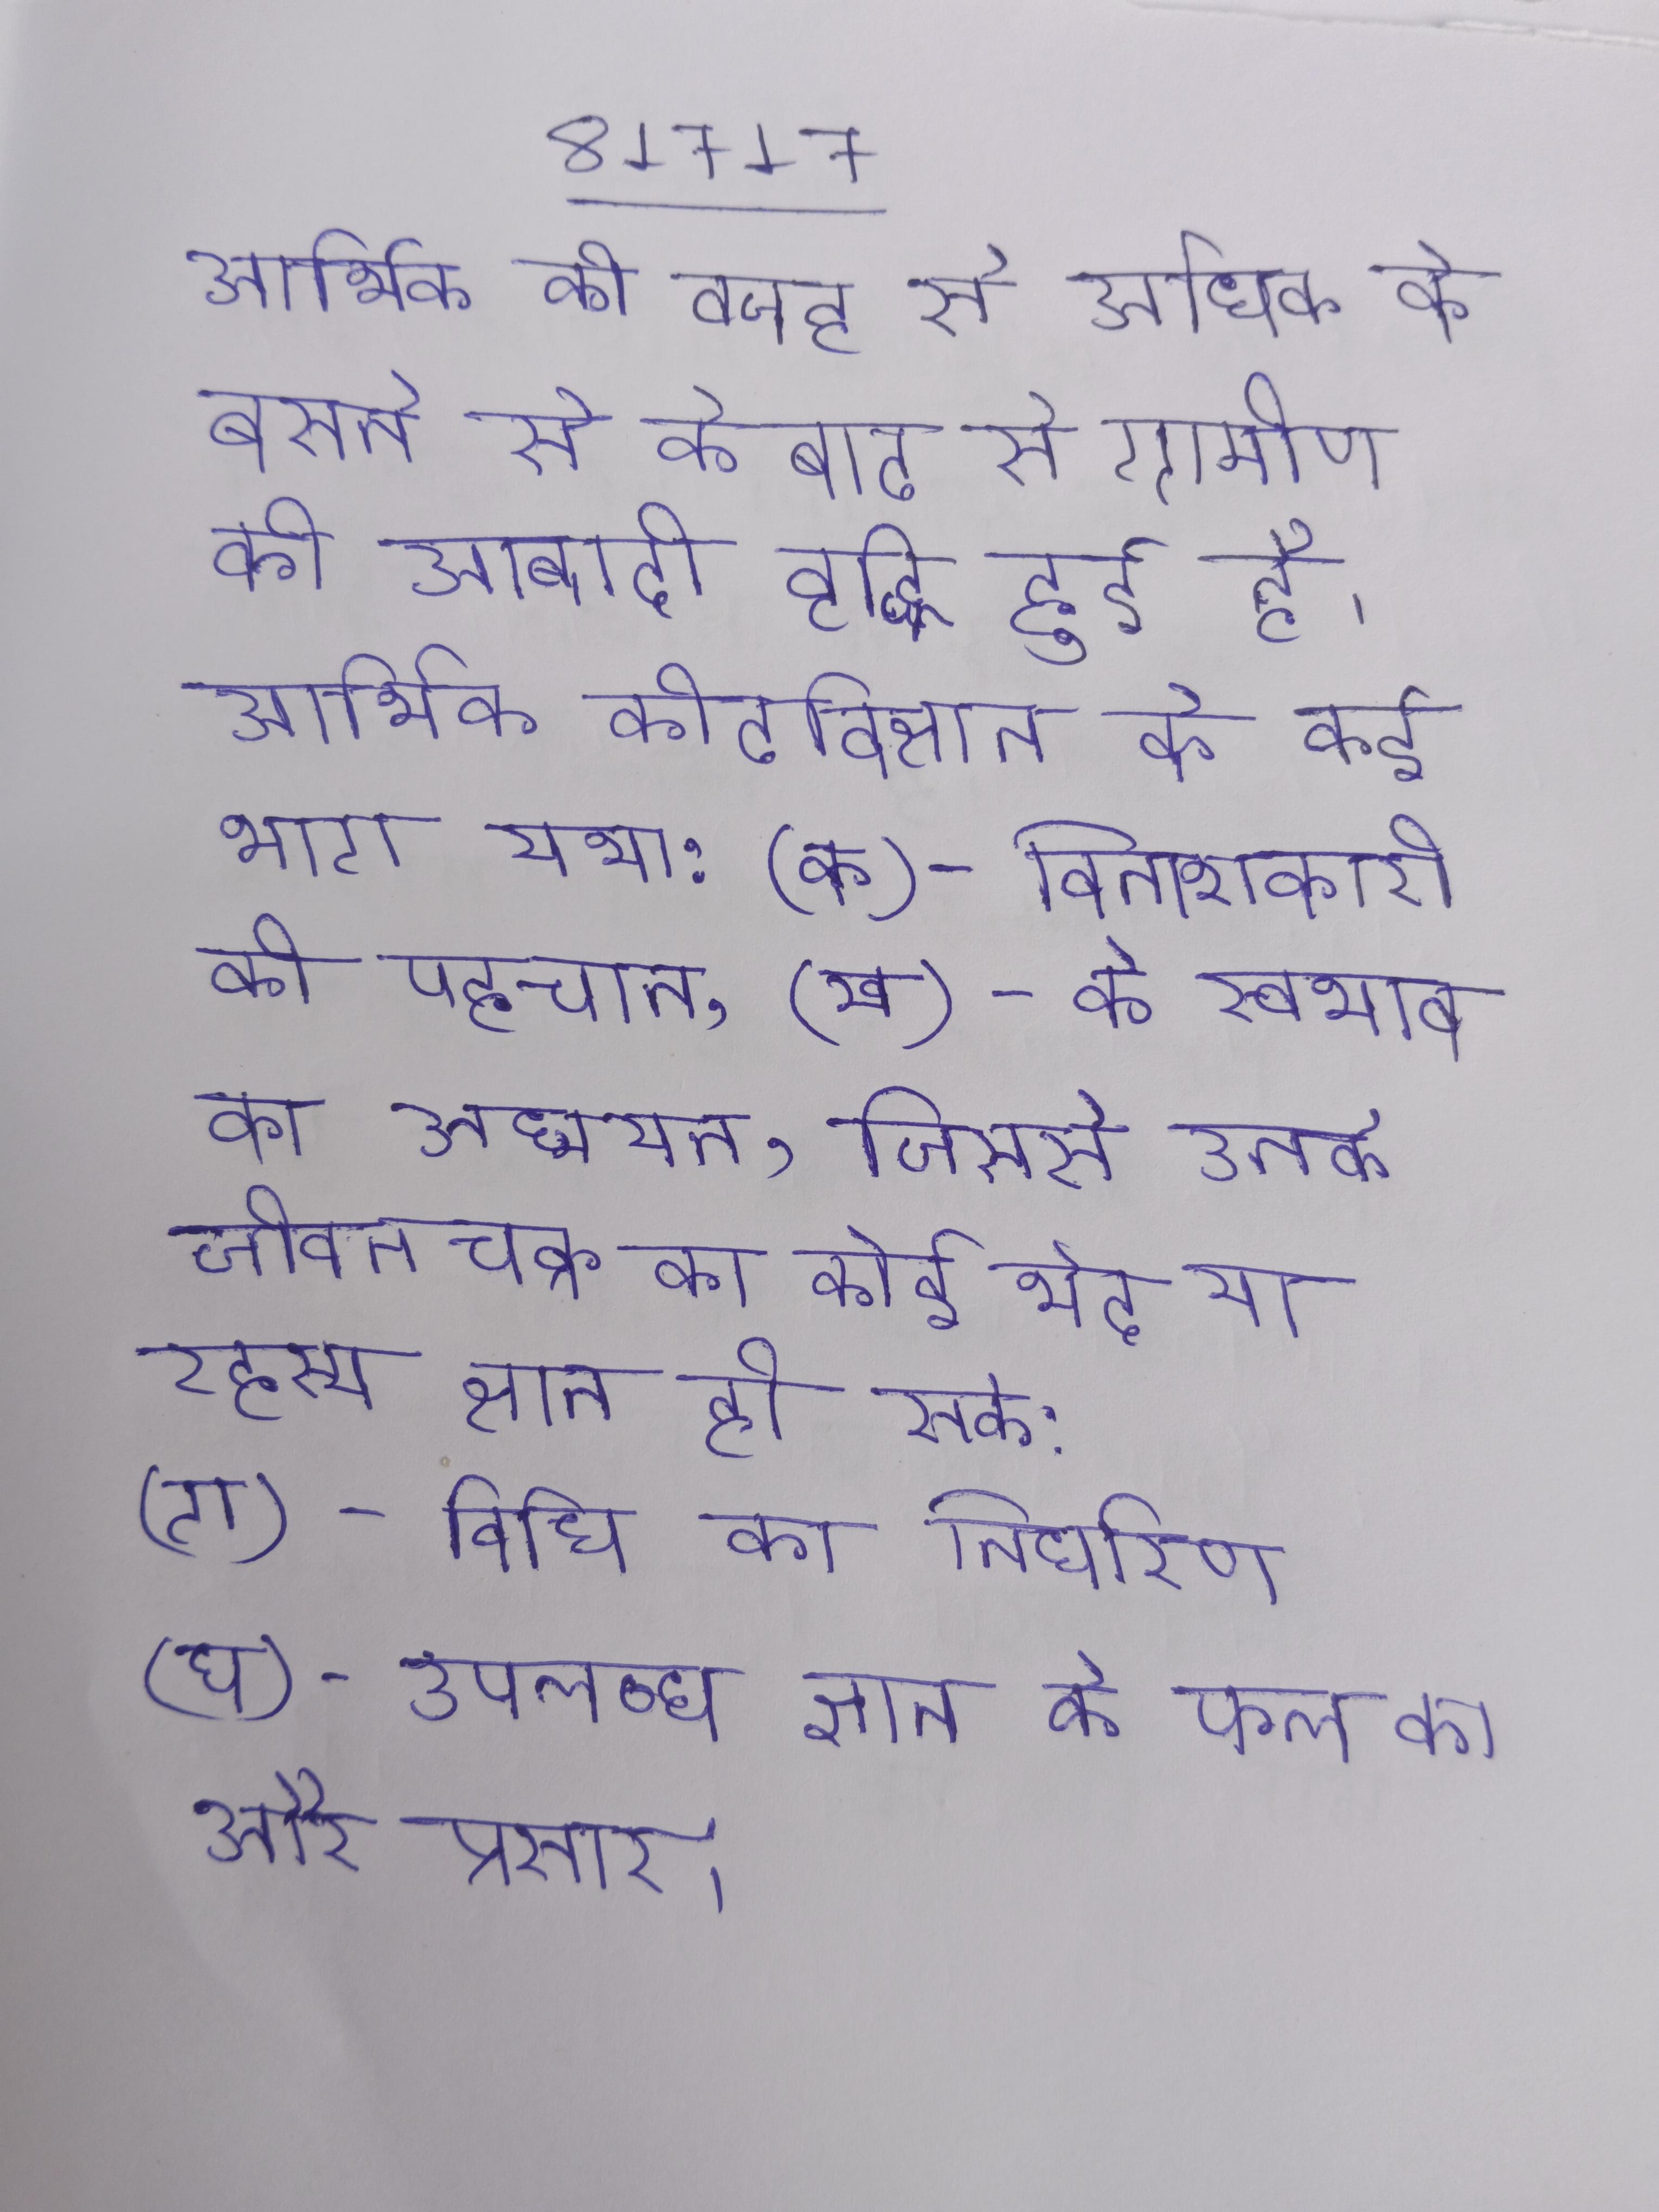
आर्थिक की वजह से अधिक के बसने से के बाद से ग्रामीण की आबादी वृद्धि हुई है । आर्थिक कीटविज्ञान के कई भाग यथा:(क)- विनाशकारी की पहचान, (ख)- के स्वभाव का अध्ययन, जिससे उनके जीवनचक्र का कोई भेद या रहस्य ज्ञात हो सके;(ग)- विधि का निर्धारण (घ)- उपलब्ध ज्ञान के फल का और प्रसार ।